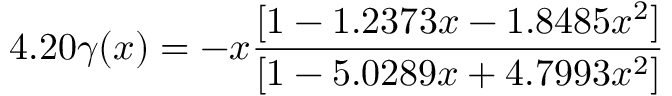
4 . 2 0 \gamma ( x ) = - x \frac { [ 1 - 1 . 2 3 7 3 x - 1 . 8 4 8 5 x ^ { 2 } ] } { [ 1 - 5 . 0 2 8 9 x + 4 . 7 9 9 3 x ^ { 2 } ] }